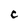
Character: C